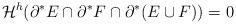
LaTeX: \begin{align*}\mathcal H^h(\partial^*E\cap\partial^*F\cap\partial^*(E\cup F))=0\end{align*}